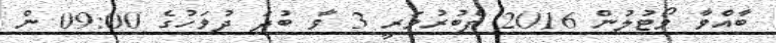
ބާއްވާ ވޯޓުލުން 2016 ފެބުރުވަރީ 3 ވާ ބުދަ ދުވަހުގެ 09:00 ން